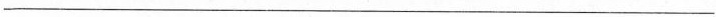
___